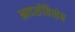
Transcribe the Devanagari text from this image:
आदर्शविशेष